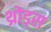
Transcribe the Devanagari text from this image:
थ्रोड्स